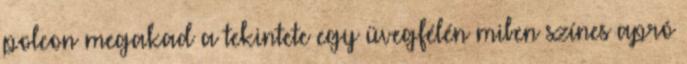
polcon megakad a tekintete egy üvegfélén miben színes apró